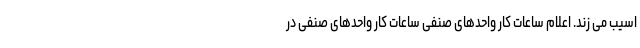
اسیب می زند. اعلام ساعات کار واحدهای صنفی ساعات کار واحدهای صنفی در